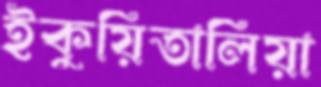
ইকুয়িতালিয়া